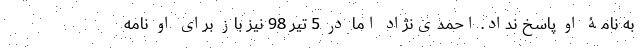
به نامۀ او پاسخ نداد. احمدی‌نژاد اما در 5 تیر 98 نیز باز برای او نامه